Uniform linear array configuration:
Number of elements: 64
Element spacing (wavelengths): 0.5
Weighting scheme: blackman
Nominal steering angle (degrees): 15
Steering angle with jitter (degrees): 14.311
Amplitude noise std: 0.05
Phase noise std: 0.05

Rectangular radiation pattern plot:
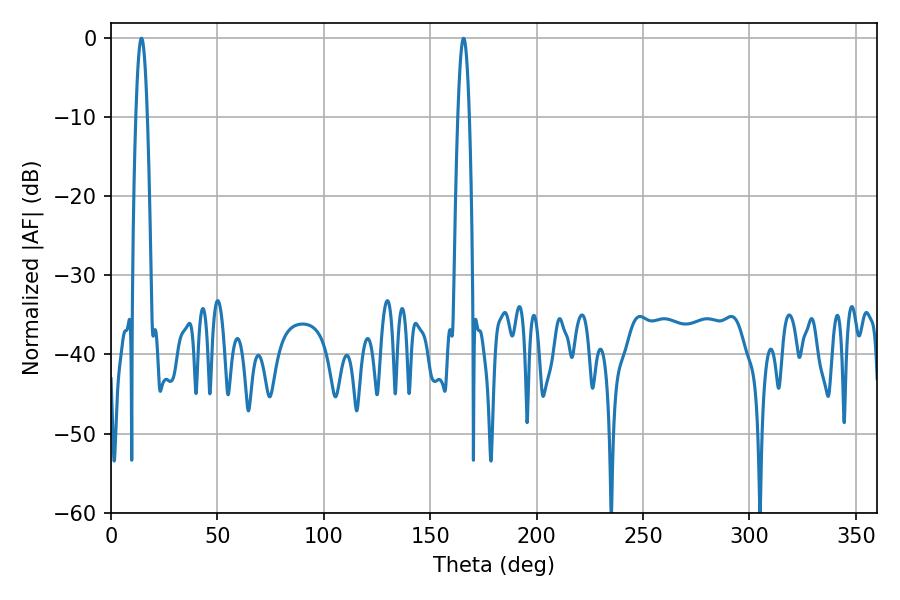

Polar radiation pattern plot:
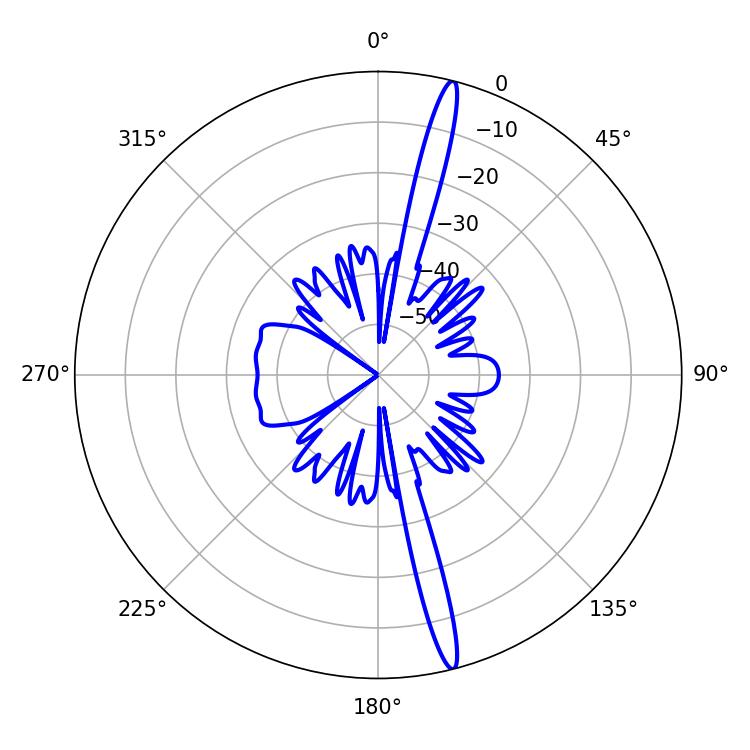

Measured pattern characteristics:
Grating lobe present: FALSE
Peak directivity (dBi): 18.554
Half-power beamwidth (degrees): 2.88
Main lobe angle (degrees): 14.4